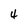
Character: 4